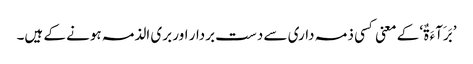
’بَرَآءَ ۃٌ‘ کے معنی کسی ذمہ داری سے دست بردار اور بری الذمہ ہونے کے ہیں۔